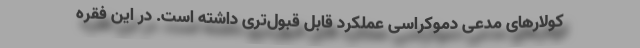
کولارهای مدعی دموکراسی عملکرد قابل قبول‌تری داشته است. در این فقره